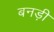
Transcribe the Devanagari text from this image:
बनड़ी